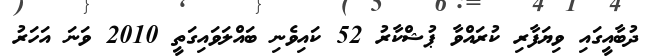
ދުބާއީގައި ވިޔަފާރި ކުރައްވާ ޕުޝްކާރު 52 ކައިވެނި ބައްލަވައިގަތީ 2010 ވަނަ އަހަރު